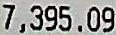
7,395.09